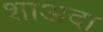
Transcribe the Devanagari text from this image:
शाअदा